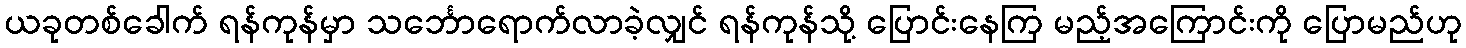
ယခုတစ်ခေါက် ရန်ကုန်မှာ သင်္ဘောရောက်လာခဲ့လျှင် ရန်ကုန်သို့ ပြောင်းနေကြ မည့်အကြောင်းကို ပြောမည်ဟု